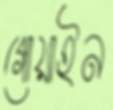
গোয়াইন